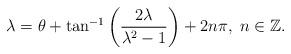
LaTeX: \begin{align*}\lambda=\theta+\tan^{-1}\left(\frac{2\lambda}{\lambda^{2}-1}\right)+2n\pi,\; n\in\mathbb{Z}.\end{align*}